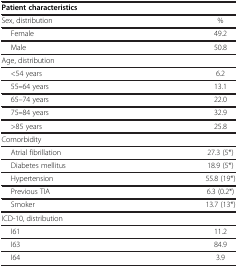
<table><thead><tr><td><b>Patient characteristics</b></td><td><b> </b></td></tr></thead><tbody><tr><td>Sex, distribution</td><td>%</td></tr><tr><td>Female</td><td>49.2</td></tr><tr><td>Male</td><td>50.8</td></tr><tr><td>Age, distribution</td><td> </td></tr><tr><td>&lt;54 years</td><td>6.2</td></tr><tr><td>55<b>–</b>64 years</td><td>13.1</td></tr><tr><td>65–74 years</td><td>22.0</td></tr><tr><td>75<b>–</b>84 years</td><td>32.9</td></tr><tr><td>&gt;85 years</td><td>25.8</td></tr><tr><td>Comorbidity</td><td> </td></tr><tr><td>Atrial fibrillation</td><td>27.3 (5*)</td></tr><tr><td>Diabetes mellitus</td><td>18.9 (5*)</td></tr><tr><td>Hypertension</td><td>55.8 (19*)</td></tr><tr><td>Previous TIA</td><td>6.3 (0.2*)</td></tr><tr><td>Smoker</td><td>13.7 (13*)</td></tr><tr><td>ICD-10, distribution</td><td> </td></tr><tr><td>I61</td><td>11.2</td></tr><tr><td>I63</td><td>84.9</td></tr><tr><td>I64</td><td>3.9</td></tr></tbody></table>